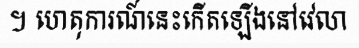
។ ហេតុការណ៍នេះកើតឡើងនៅវេលា